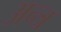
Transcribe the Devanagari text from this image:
अन्त्र